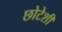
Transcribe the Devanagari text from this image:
छोटेशी